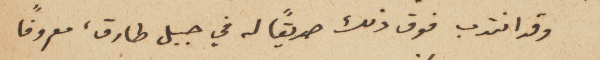
وقد انتدب فوق ذلك صديقاً له في جبل طارق، معروفاً